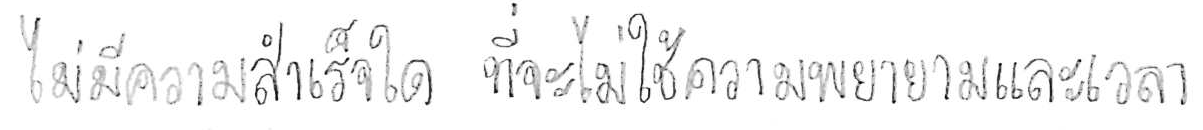
ไม่มีความสำเร็จใด ที่จะไม่ใช้ความพยายามและเวลา